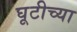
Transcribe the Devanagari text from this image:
घूटीच्या